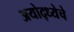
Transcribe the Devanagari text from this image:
अयोद्ध्येचे